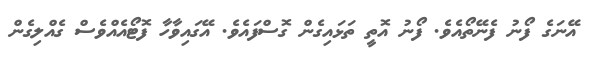
އޭނަގެ ފޯނު ފެނޭތޯއެވެ. ފޯނު އޮތީ ތަޅައިގެން ގޮސްފައެވެ. އޭގައިވާހާ ފޮޓޯއެއްވެސް ގެއްލިގެން